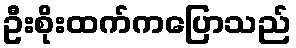
ဦးစိုးထက်ကပြောသည်